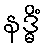
နဒ္ဓိံ